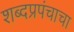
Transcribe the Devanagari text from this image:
शब्दप्रपंचाचा